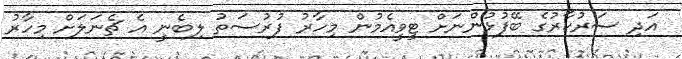
އަދި ސަރުކާރުގެ ބޭފުޅުންނަށް ޓީވީއެމުން މިހާރު ފުރުސަތު ލިބެނީ އެ ޗެނަލަށް މިހާރު